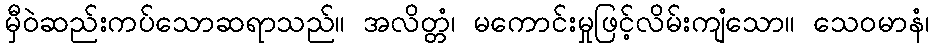
မှီဝဲဆည်းကပ်သောဆရာသည်။ အလိတ္တံ၊ မကောင်းမှုဖြင့်လိမ်းကျံသော။ သေဝမာနံ၊